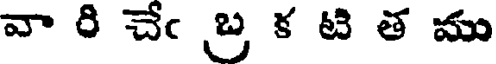
వా రి చేఁ బ్ర క టి త ము